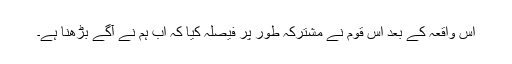
اس واقعہ کے بعد اس قوم نے مشترکہ طور پر فیصلہ کیا کہ اب ہم نے آگے بڑھنا ہے۔